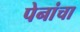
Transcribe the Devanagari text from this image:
पेनांचा